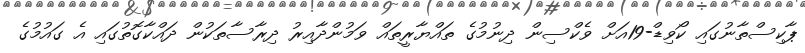
ޕާކިސްތާނުގައި ކޯވިޑް-19އަށް ވެކްސިން ދިނުމުގެ ތައްޔާރީތައް ވަމުންދާއިރު ދިރާސާތަކުން ދައްކާގޮތުގައި އެ ގައުމުގެ